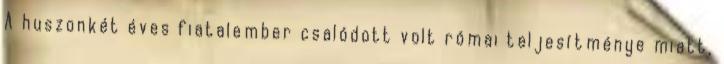
A huszonkét éves fiatalember csalódott volt római teljesítménye miatt,